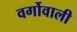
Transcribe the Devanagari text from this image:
वर्गोवाली